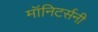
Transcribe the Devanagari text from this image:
मॉनिटर्सनी